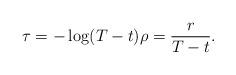
LaTeX: \begin{align*}\tau=-\log(T-t) \rho=\frac{r}{T-t}.\end{align*}